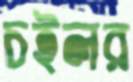
চইলর